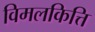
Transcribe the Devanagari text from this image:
विमलकित्ति